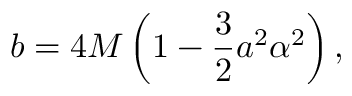
b = 4 M \left( 1 - \frac { 3 } { 2 } a ^ { 2 } \alpha ^ { 2 } \right) ,